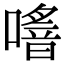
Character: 𠿌